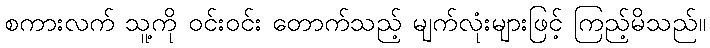
စကားလက် သူ့ကို ဝင်းဝင်း တောက်သည့် မျက်လုံးများဖြင့် ကြည့်မိသည်။